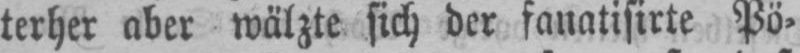
terher aber wälzte sich der fanatisirte Pö⸗